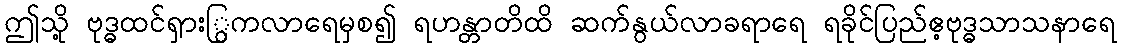
ဤသို့ ဗုဒ္ဓထင်ရှားြွကလာရေမှစ၍ ရဟန္တာတိထိ ဆက်နွယ်လာခရာရေ ရခိုင်ပြည်ဧ့ဗုဒ္ဓသာသနာရေ